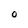
Character: O